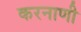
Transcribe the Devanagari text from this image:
करनाणी